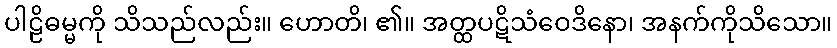
ပါဠိဓမ္မကို သိသည်လည်း။ ဟောတိ၊ ၏။ အတ္ထပဋိသံဝေဒိနော၊ အနက်ကိုသိသော။